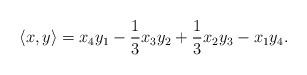
LaTeX: \begin{align*}\langle x, y \rangle = x_4y_1 - \frac{1}{3}x_3y_2 + \frac{1}{3}x_2y_3 -x_1y_4.\end{align*}